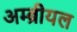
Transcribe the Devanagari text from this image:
अम्ब्रीयल